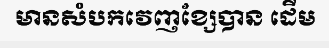
មានសំបកវេញខ្សែបាន ដើម